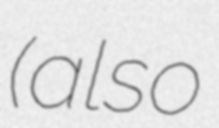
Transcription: (also